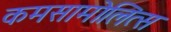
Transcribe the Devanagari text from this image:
कमसामोलित्स